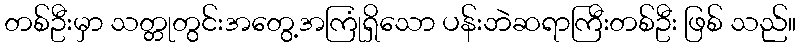
တစ်ဦးမှာ သတ္တုတွင်းအတွေ့အကြုံရှိသော ပန်းဘဲဆရာကြီးတစ်ဦး ဖြစ် သည်။